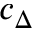
c _ { \Delta }